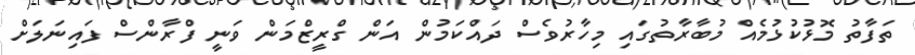
ތަފާތު މޮޅުކުޅުމެއް މުބާރާތުގައި މިހާރުވެސް ދައްކަމުން އަން ގްރީޒްމަން ވަނީ ފްރާންސް ފައިނަލަށް